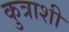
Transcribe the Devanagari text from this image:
कुत्राशी